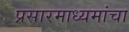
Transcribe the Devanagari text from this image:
प्रसारमाध्यमांचा